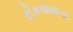
રોકથામના